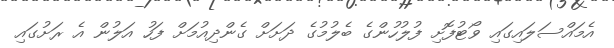
އެމައްސަލައިގައި ވޯޓުފޮށި ފުލުހުންގެ ބެލުމުގެ ދަށަށް ގެންދިއުމަށް ފަހު އަލުން އެ ރަށުގައި